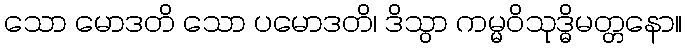
သော မောဒတိ သော ပမောဒတိ၊ ဒိသွာ ကမ္မဝိသုဒ္ဓိမတ္တနော။